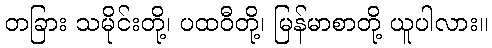
တခြား သမိုင်းတို့၊ ပထဝီတို့၊ မြန်မာစာတို့ ယူပါလား။